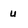
Character: u